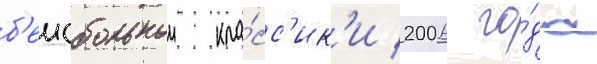
б'еисбольнои кла́сс'ик'и 2006 го́да